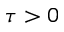
\tau > 0